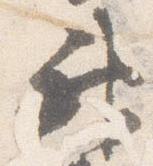
神